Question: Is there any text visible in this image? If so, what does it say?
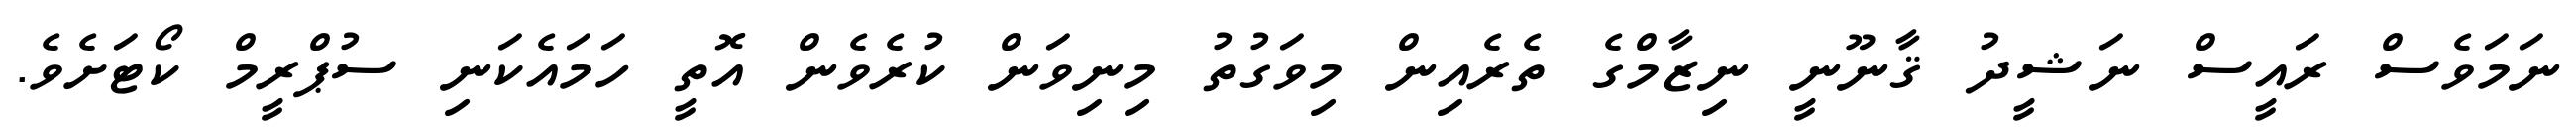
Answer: ނަމަވެސް ރައީސް ނަޝީދު ޤާނޫނީ ނިޒާމްގެ ތެރެއިން މިވަގުތު މިނިވަން ކުރެވެން އޮތީ ހަމައެކަނި ސުޕްރީމް ކޯޓަށެވެ.